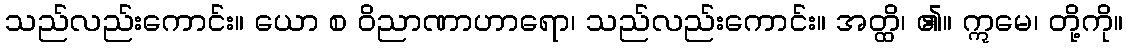
သည်လည်းကောင်း။ ယော စ ဝိညာဏာဟာရော၊ သည်လည်းကောင်း။ အတ္ထိ၊ ၏။ ဣမေ၊ တို့ကို။